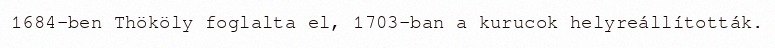
1684-ben Thököly foglalta el, 1703-ban a kurucok helyreállították.